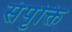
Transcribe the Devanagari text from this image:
संपृक्ति